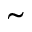
\tilde { }